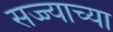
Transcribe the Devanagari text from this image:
सज्ज्याच्या